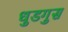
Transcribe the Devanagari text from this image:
धुडगुस